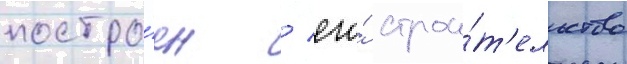
постро́ен / его́ строи́т'ельство